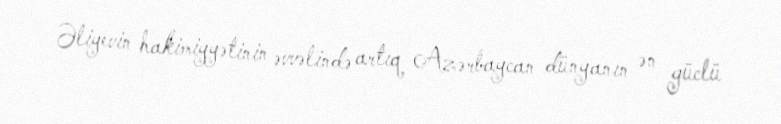
Əliyevin hakimiyyətinin əvvəlində artıq Azərbaycan dünyanın ən güclü